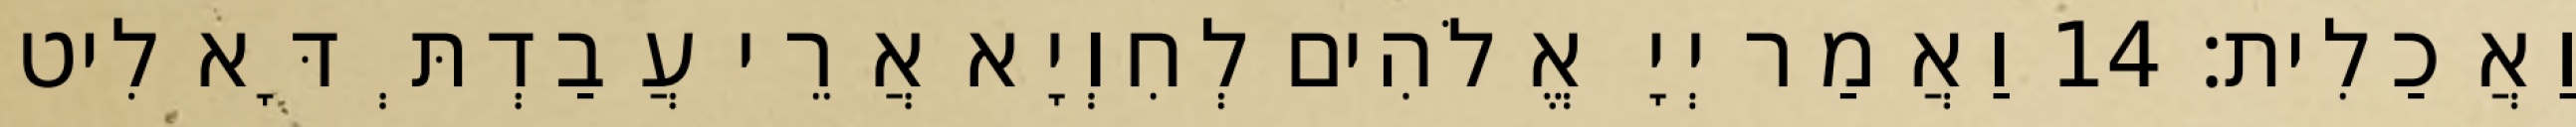
וַאֲכַלִית׃ 14 וַאֲמַר יְיָ אֱלֹהִים לְחִוְיָא אֲרֵי עֲבַדְתְּ דָּא לִיט